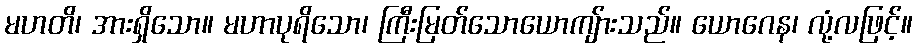
မဟတိ၊ အားရှိသော။ မဟာပုရိသော၊ ကြီးမြတ်သောယောကျ်ားသည်။ ယောဂေန၊ လုံ့လဖြင့်။